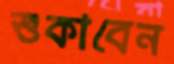
শুকাবেন